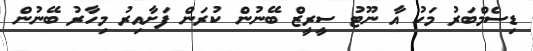
ޑިސެމްބަރު މަހު އާ ނޫޓު ސީރީޒް ބޭނުން ކުރަން ފަށާއިރު މިހާރު ބޭނުން